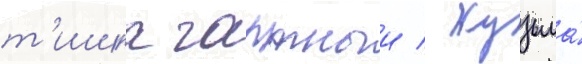
т'ишка гартныи / кузьма́